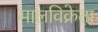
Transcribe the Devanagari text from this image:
मालविक्रेता